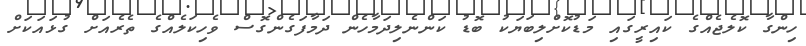
ހިންގާ ކޮލެޖެއްގެ ކައިރީގައި މަޑުކޮށްލިބަޔަކު ބޮޑު ކަންނެލިދަމާހެން ދަމާފަގެންގޮސް ވެހިކަލެއްގެ ތެރެއަށް ގުޅައަކަށް